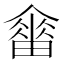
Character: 𤳋